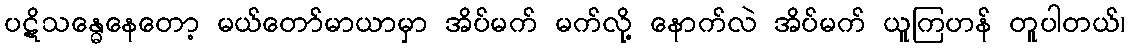
ပဋိသန္ဓေနေတော့ မယ်တော်မာယာမှာ အိပ်မက် မက်လို့ နောက်လဲ အိပ်မက် ယူကြဟန် တူပါတယ်၊